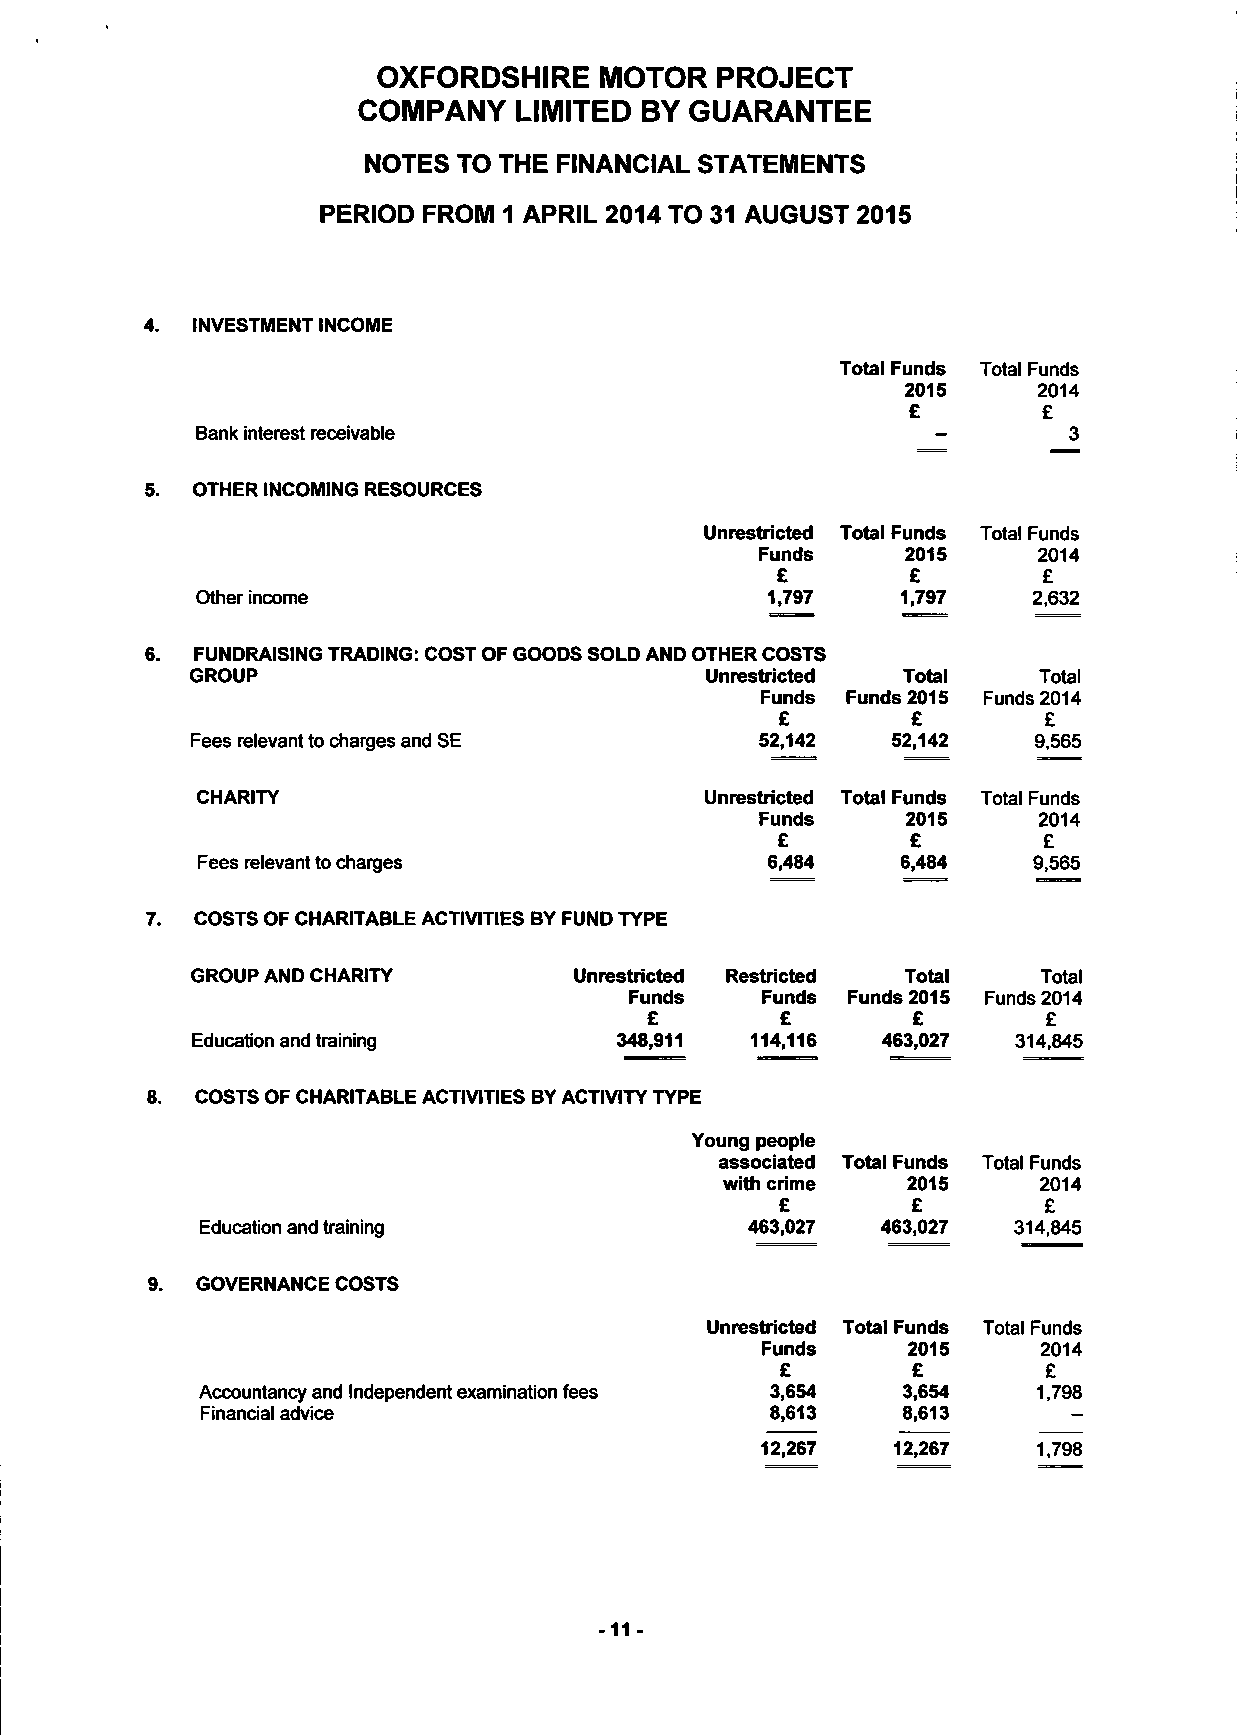
OXFORDSHIRE    MOTOR   PROJECT
 COMPANY   LIMITED BY  GUARANTEE
 NOTES TO THE FINANCIAL STATEMENTS
 PERIOD FROM 1 APRIL 2014 TO 31 AUGUST 2015
 INVESTMENT INCOME
 Total Funds Total Funds
 2015     2014
 £        £
 Bank interest receivable                                  3
 OTHER INCOMING RESOURCES
 Unrestricted Total Funds Total Funds
 Funds     2015    2014
 £        £        £
 Other income                          1,797    1,797   2,632
 6. FUNDRAISING TRADING: COST OF GOODS SOLD AND OTHER COSTS
 GROUP                             Unrestricted Total    Total
 Funds Funds 2015 Funds 2014
 £       £        £
 Fees relevant to charges and SE      52,142   52,142   9,565
 CHARITY                           Unrestricted Total Funds Total Funds
 Funds     2015     2014
 £        £        £
 Fees relevant to charges              6,484    6,484   9,565
 COSTS OF CHARITABLE ACTIVITIES BY FUND TYPE
 GROUP AND CHARITY        Unrestricted Restricted Total  Total
 Funds   Funds Funds 2015 Funds 2014
 £        £       £        £
 Education and training      348,911  114,116 463,027  314,845
 8. COSTS OF CHARITABLE ACTIVITIES BY ACTIVITY TYPE
 Young people
 associated Total Funds Total Funds
 with crime  2015     2014
 £       £        £
 Education and training              463,027  463,027  314,845
 9. GOVERNANCE COSTS
 Unrestricted Total Funds Total Funds
 Funds     2015     2014
 £       £        £
 Accountancy and Independent examination fees 3,654 3,654 1,798
 Financial advice                      8,613    8,613
 12,267   12,267    1,798
 -11 -